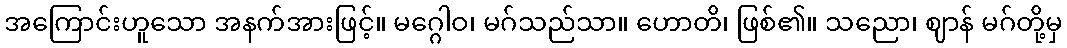
အကြောင်းဟူသော အနက်အားဖြင့်။ မဂ္ဂေါဝ၊ မဂ်သည်သာ။ ဟောတိ၊ ဖြစ်၏။ သညော၊ ဈာန် မဂ်တို့မှ